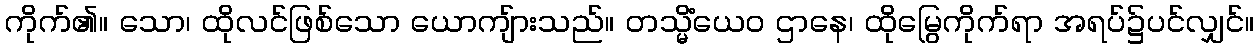
ကိုက်၏။ သော၊ ထိုလင်ဖြစ်သော ယောကျ်ားသည်။ တသ္မိံယေဝ ဌာနေ၊ ထိုမြွေကိုက်ရာ အရပ်၌ပင်လျှင်။